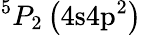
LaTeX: ^5P_{2}\left(4\mathrm{s}4\mathrm{p}^{2}\right)